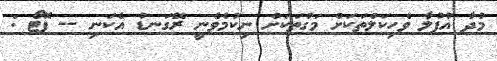
މުދާ އުފުލާ ވެހިކަލްތަކަށް މަގުތަކަށް ނިކުމެވެނީ ރޭގަނޑު އެކަނި -- ފޮޓޯ :